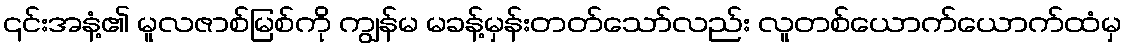
၎င်းအနံ့၏ မူလဇာစ်မြစ်ကို ကျွန်မ မခန့်မှန်းတတ်သော်လည်း လူတစ်ယောက်ယောက်ထံမှ